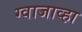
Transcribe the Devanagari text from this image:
ग्वाजाव्हा